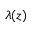
\lambda ( z )